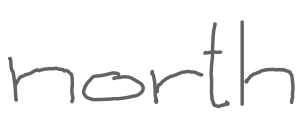
Text: north
Cross-out: clean
Writing tool: digital_gray